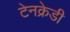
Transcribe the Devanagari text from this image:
टेनक्रेडी